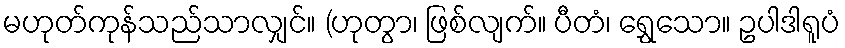
မဟုတ်ကုန်သည်သာလျှင်။ (ဟုတွာ၊ ဖြစ်လျက်။ ပီတံ၊ ရွှေသော။ ဥပါဒါရူပံ